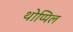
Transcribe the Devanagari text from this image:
थोप्पिल